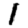
Digit: 1